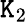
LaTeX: \mathtt{K}_{2}